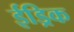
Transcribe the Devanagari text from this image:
ईड्रिक